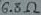
Text: 6.8Ω